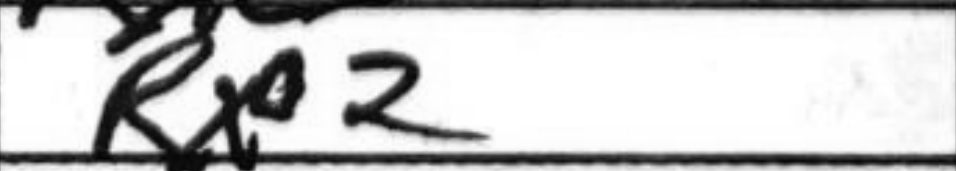
Transcription: Rxc2